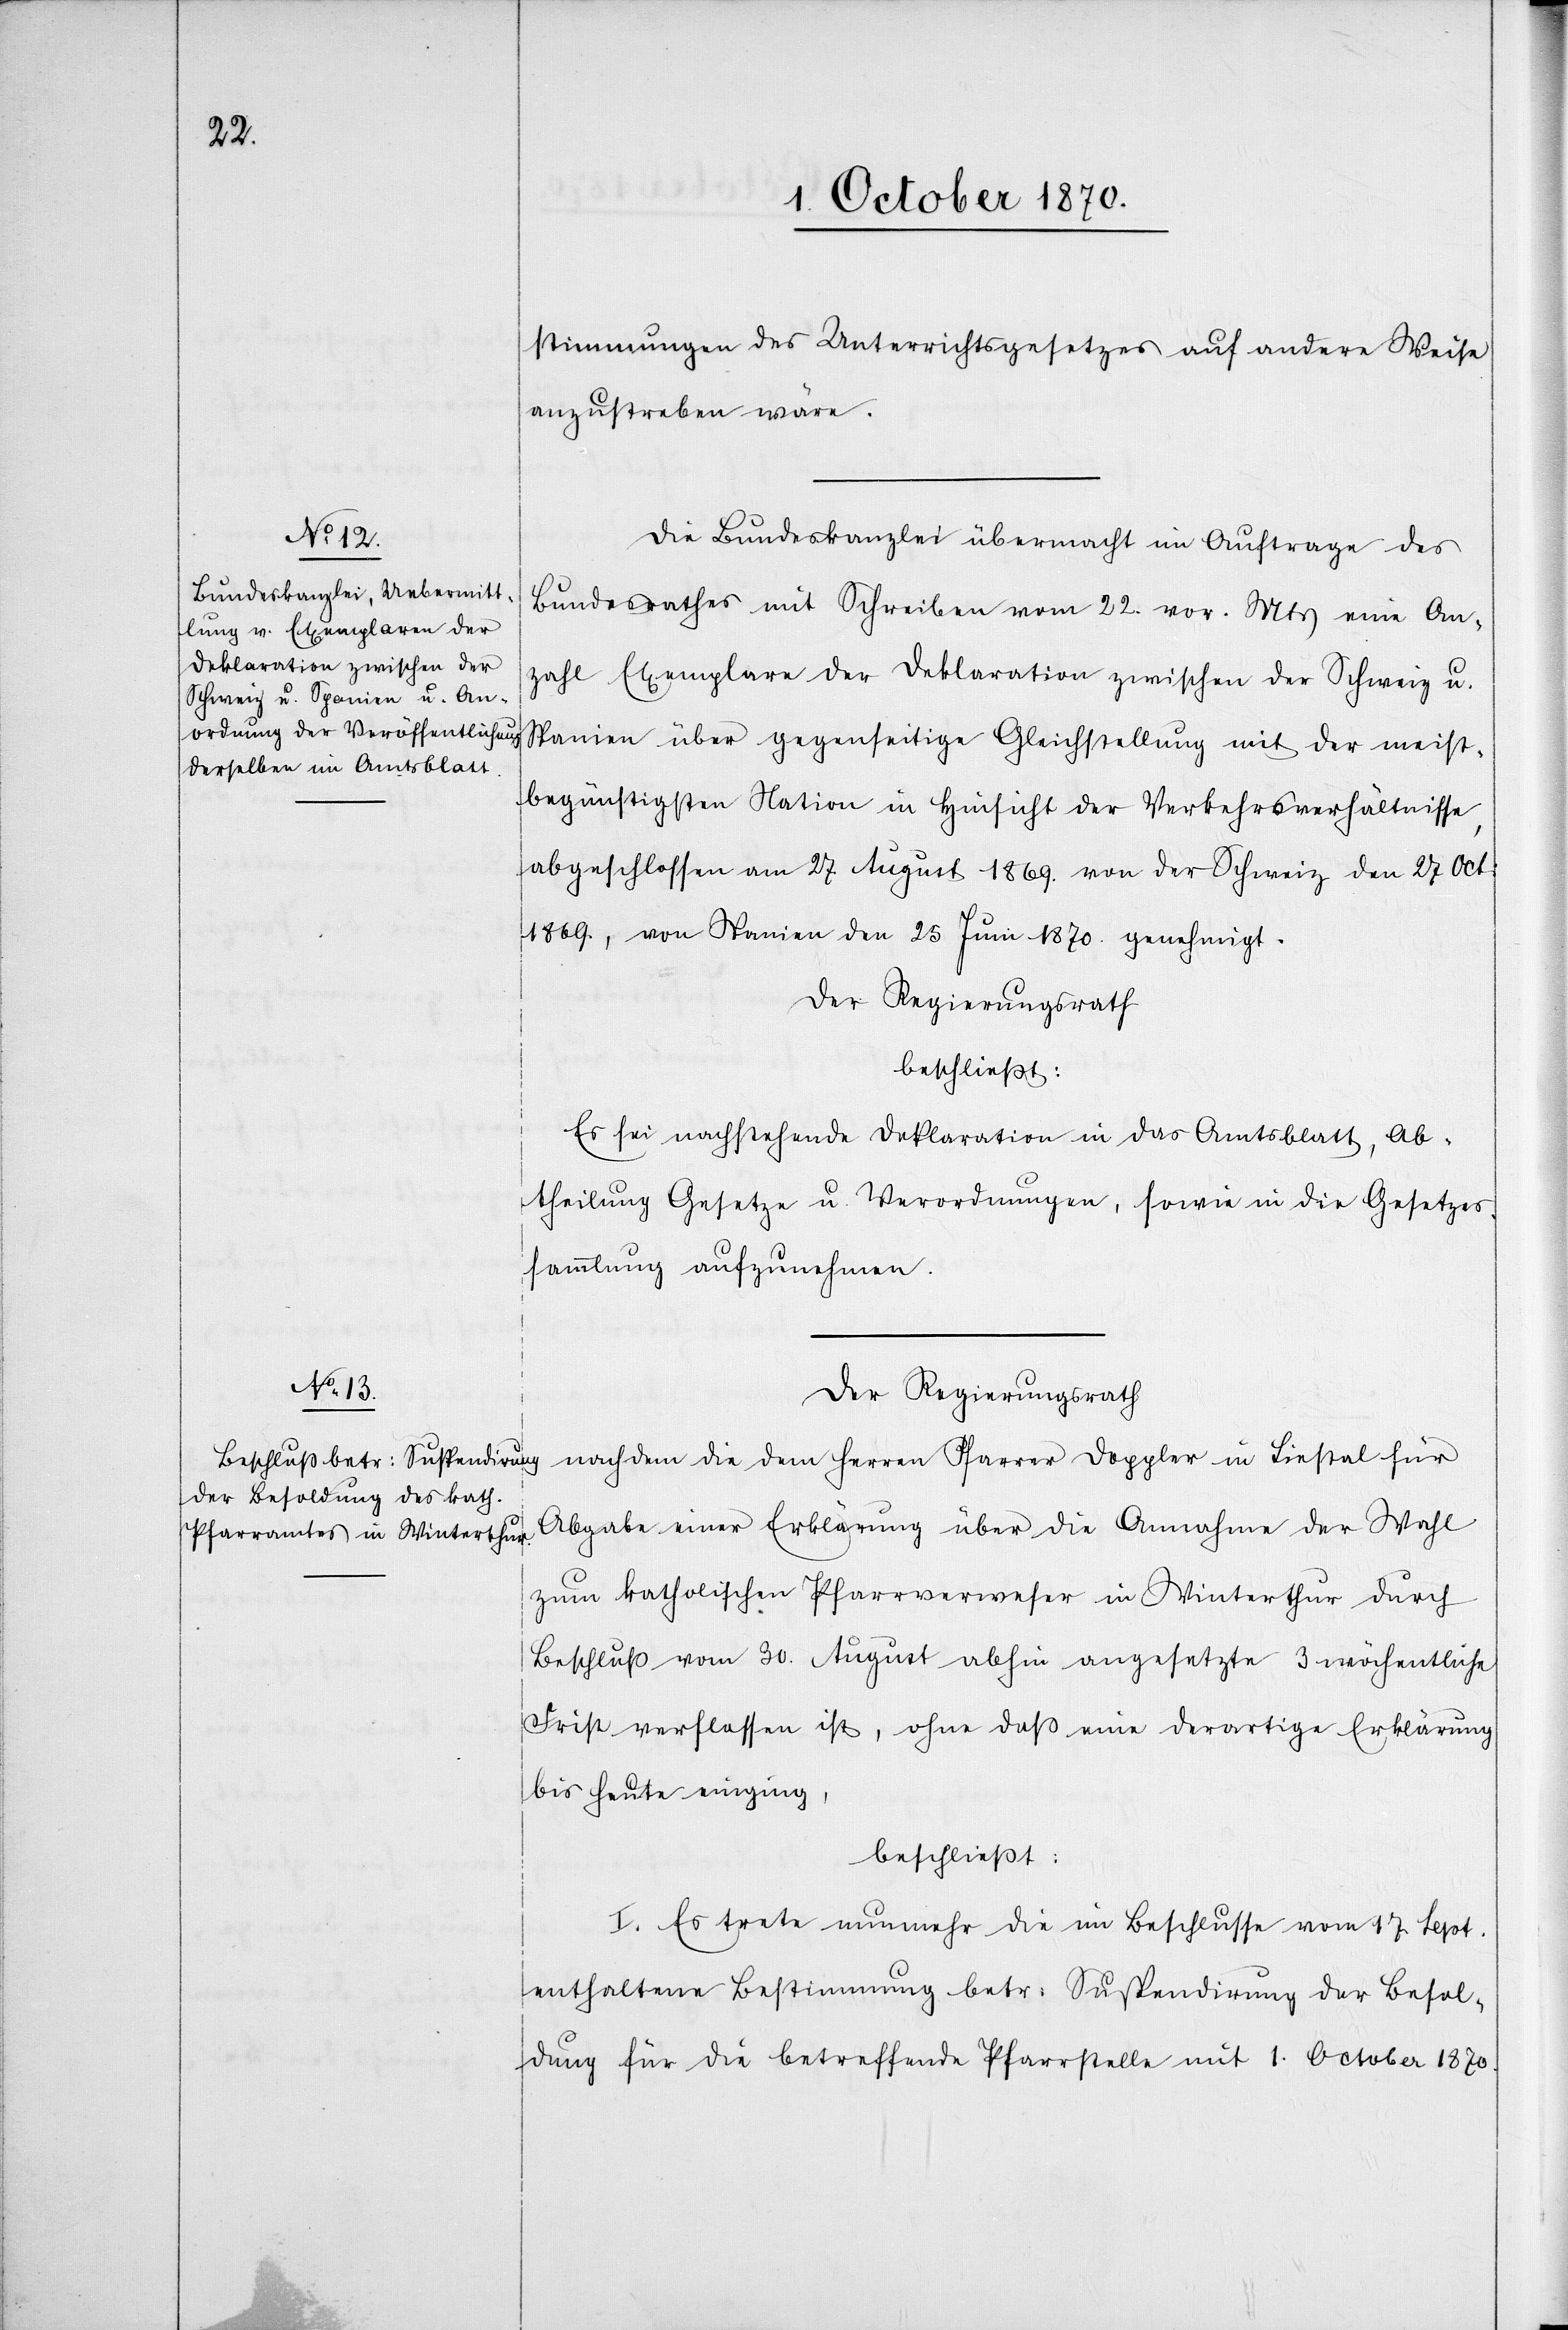
stimmungen des Unterrichtsgesetzes auf andere Weise
anzustreben wäre.
Die Bundeskanzlei übermacht im Auftrage des
Bundesrathes mit Schreiben vom 22. vor. Mts. eine An¬
zahl Exemplare der Deklaration zwischen der Schweiz u.
Spanien über gegenseitige Gleichstellung mit der meist¬
begünstigsten Nation in Hinsicht der Verkehrsverhältnisse,
abgeschlossen am 27 August 1869. von der Schweiz den 27. Oct:
1869., von Spanien den 25 Juni 1870 genehmigt.
Der Regierungsrath
beschließt:
Es sei nachstehende Deklaration in das Amtsblatt, Ab¬
theilung Gesetze u. Verordnungen, sowie in die Gesetzes¬
sammlung aufzunehmen.
Der Regierungsrath
nachdem die dem Herren Pfarrer Doppler in Liestal für
Abgabe einer Erklärung über die Annahme der Wahl
zum katholischen Pfarrverweser in Winterthur durch
Beschluß vom 30. August abhin angesetzte 3 wöchentliche
Frist verflossen ist, ohne daß eine derartige Erklärung
bis heute einging,
beschließt:
I. Es trete nunmehr die im Beschlusse vom 17. Sept.
enthaltene Bestimmung betr. Suspendirung der Besol¬
dung für die betreffende Pfarrstelle mit 1. October 1870.